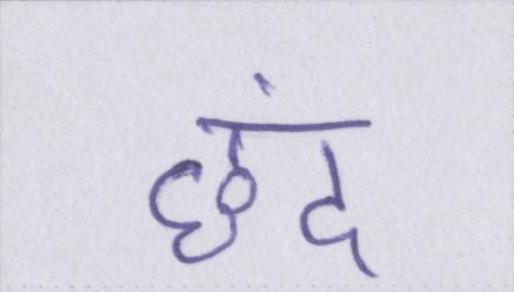
छंद